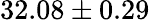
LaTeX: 32.08\pm 0.29